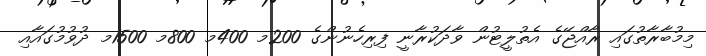
މިމުބާރާތުގައި ރާއްޖޭގެ އެތުލީޓުން ވާދަކުރާނީ ފިރިހެނުންގެ 200މ 400މ 800މ 1500މ ދުވުމުގައާއި